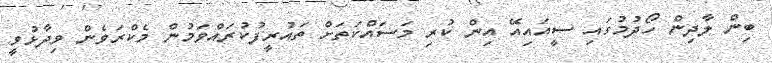
ބިން ލާދިން ހޯދުމުގައި ސީއައިއޭ އިން ކުރި މަސައްކަތަށް ތައުރީފުކުރައްވަމުން މެކްރަވެން ވިދާޅުވީ